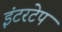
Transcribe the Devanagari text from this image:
इंटरटेप